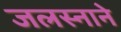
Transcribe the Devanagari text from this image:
जलस्नाने